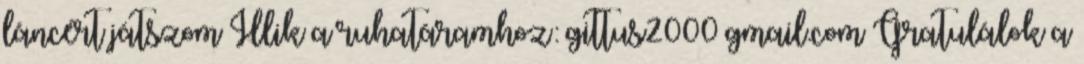
láncért játszom Illik a ruhatáramhoz: gittus2000 gmail.com Gratulálok a